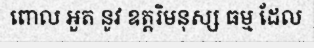
ពោល អួត នូវ ឧត្តរិមនុស្ស ធម្ម ដែល